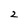
Character: 2